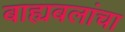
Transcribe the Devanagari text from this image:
बाह्यबलांचा